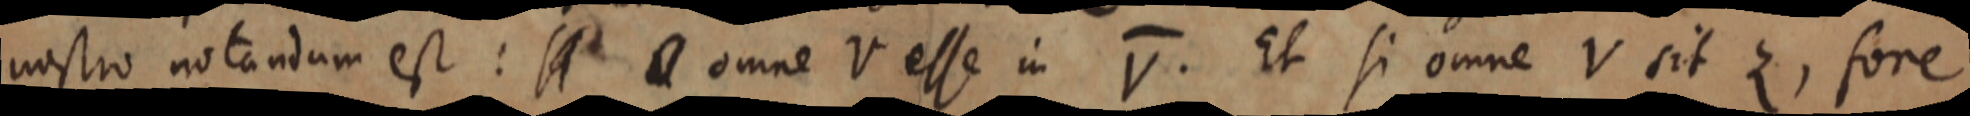
nostro notandum est: _ omne V esse in V. Et si omne V sit Z, fore